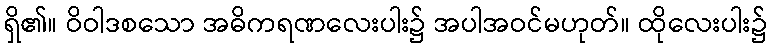
ရှိ၏။ ဝိဝါဒစသော အဓိကရဏလေးပါး၌ အပါအဝင်မဟုတ်။ ထိုလေးပါး၌